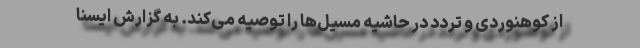
از کوهنوردی و تردد در حاشیه مسیل‌ها را توصیه می‌کند. به گزارش ایسنا